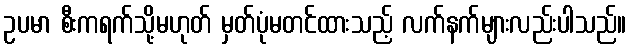
ဥပမာ စီးကရက်သို့မဟုတ် မှတ်ပုံမတင်ထားသည့် လက်နက်များလည်းပါသည်။